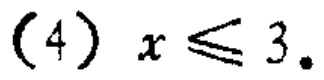
(4) \(x\leqslant 3\)